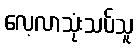
လေ့လာသုံးသပ်သူ